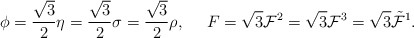
\begin{align*}\phi={\sqrt{3}\over 2}\eta={\sqrt{3}\over 2}\sigma={\sqrt{3}\over 2}\rho, \ \ \ \ F=\sqrt{3}{\cal F}^2=\sqrt{3}{\cal F}^3=\sqrt{3}\tilde{\cal F}^1.\end{align*}